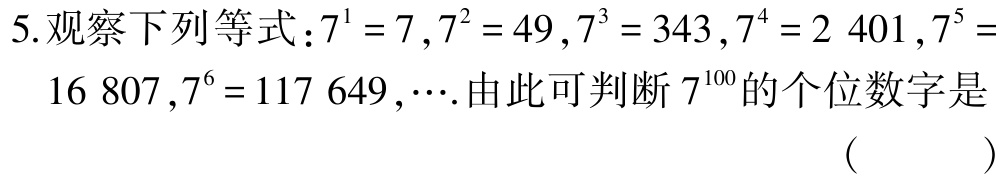
5.观察下列等式：\(7^{1}=7\)，\(7^{2}=49\)，\(7^{3}=343\)，\(7^{4}=2401\)，\(7^{5}=16807\)，\(7^{6}=117649\)，\(\cdots\).由此可判断\(7^{100}\)的个位数字是 （  ）